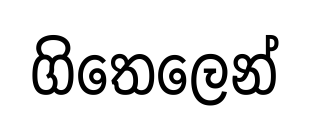
ගිතෙලෙන්